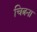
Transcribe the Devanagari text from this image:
चित्रना